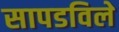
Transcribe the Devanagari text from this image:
सापडविले